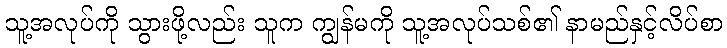
သူ့အလုပ်ကို သွားဖို့လည်း သူက ကျွန်မကို သူ့အလုပ်သစ်၏ နာမည်နှင့်လိပ်စာ